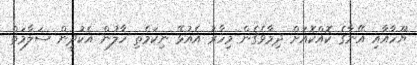
ޔޫހާއާއި އޭނާގެ ކޮއްކޮއަށް ދިމާވެގެން މިހާރު އެއުޅޭ ނިކަމެތި ހާލުން އެކުދީން ސަލާމަތް